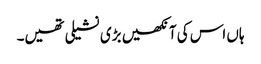
ہاں اس کی آنکھیں بڑی نشیلی تھیں۔